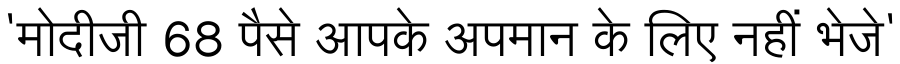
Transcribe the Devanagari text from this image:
'मोदीजी 68 पैसे आपके अपमान के लिए नहीं भेजे'